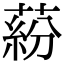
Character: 蒶